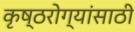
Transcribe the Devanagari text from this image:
कृष्ठरोग्यांसाठी